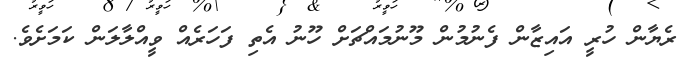
ރެޔާން ހުރީ އައިޒާން ފެނުމުން މޫނުމައްޗަށް ހޫނު އެތި ފަހަރެއް ވީއްލާލަން ކަމަށެވެ.